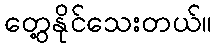
တွေ့နိုင်သေးတယ်။